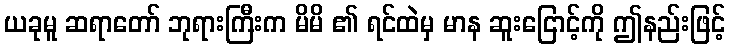
ယခုမူ ဆရာတော် ဘုရားကြီးက မိမိ ၏ ရင်ထဲမှ မာန ဆူးငြောင့်ကို ဤနည်းဖြင့်